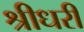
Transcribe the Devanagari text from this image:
श्रीधरी